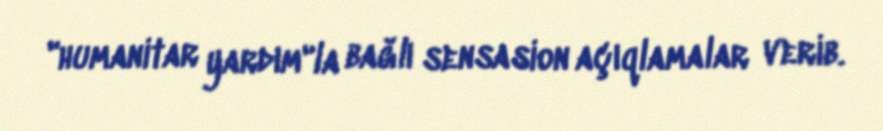
"humanitar yardım"la bağlı sensasion açıqlamalar verib.